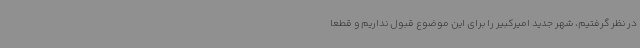
در نظر گرفتیم، شهر جدید امیرکبیر را برای این موضوع قبول نداریم و قطعا